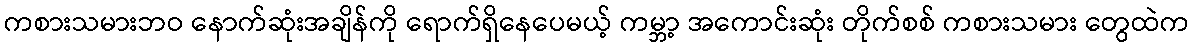
ကစားသမားဘဝ နောက်ဆုံးအချိန်ကို ရောက်ရှိနေပေမယ့် ကမ္ဘာ့ အကောင်းဆုံး တိုက်စစ် ကစားသမား တွေထဲက